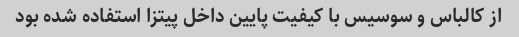
از کالباس و سوسیس با کیفیت پایین داخل پیتزا استفاده شده بود